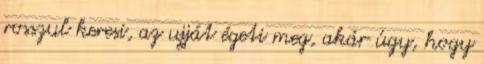
rosszul keresi, az ujját égeti meg, akár úgy, hogy